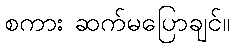
စကား ဆက်မပြောချင်။